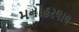
મનોહરલાલ